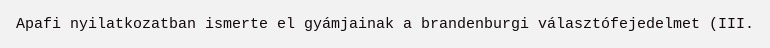
Apafi nyilatkozatban ismerte el gyámjainak a brandenburgi választófejedelmet (III.